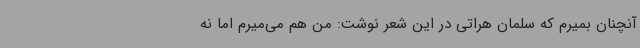
آنچنان بمیرم که سلمان هراتی در این شعر نوشت: من هم می‌میرم اما نه